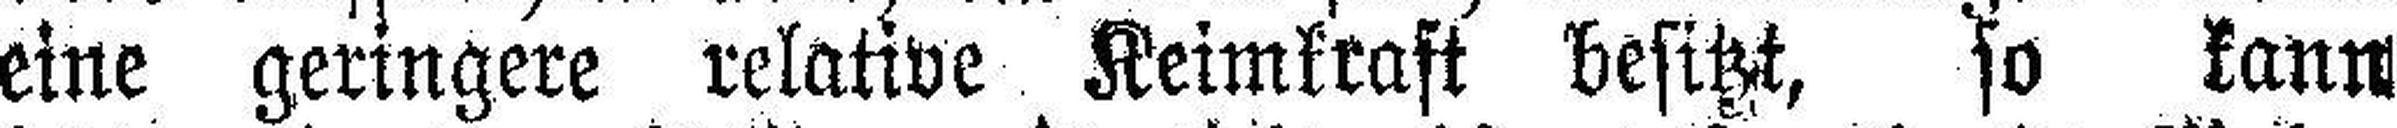
eine geringere relative Keimkraft besitzt, so kann